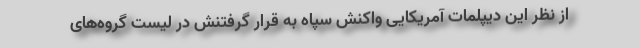
از نظر این دیپلمات آمریکایی واکنش سپاه به قرار گرفتنش در لیست گروه‌های